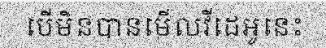
បើមិនបានមើលវីដេអូនេះ